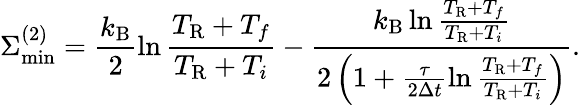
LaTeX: \Sigma_{\mathrm{min}}^{(2)}=\frac{k_{\mathrm{B}}}{2}\ln\frac{T_{\mathrm{R}}+T_{f}}{T_{\mathrm{R}}+T_{i}}-\frac{k_{\mathrm{B}}\ln\frac{T_{\mathrm{R}}+T_{f}}{T_{\mathrm{R}}+T_{i}}}{2\left(1+\frac{\tau}{2\Delta t}\ln\frac{T_{\mathrm{R}}+T_{f}}{T_{\mathrm{R}}+T_{i}}\right)}.